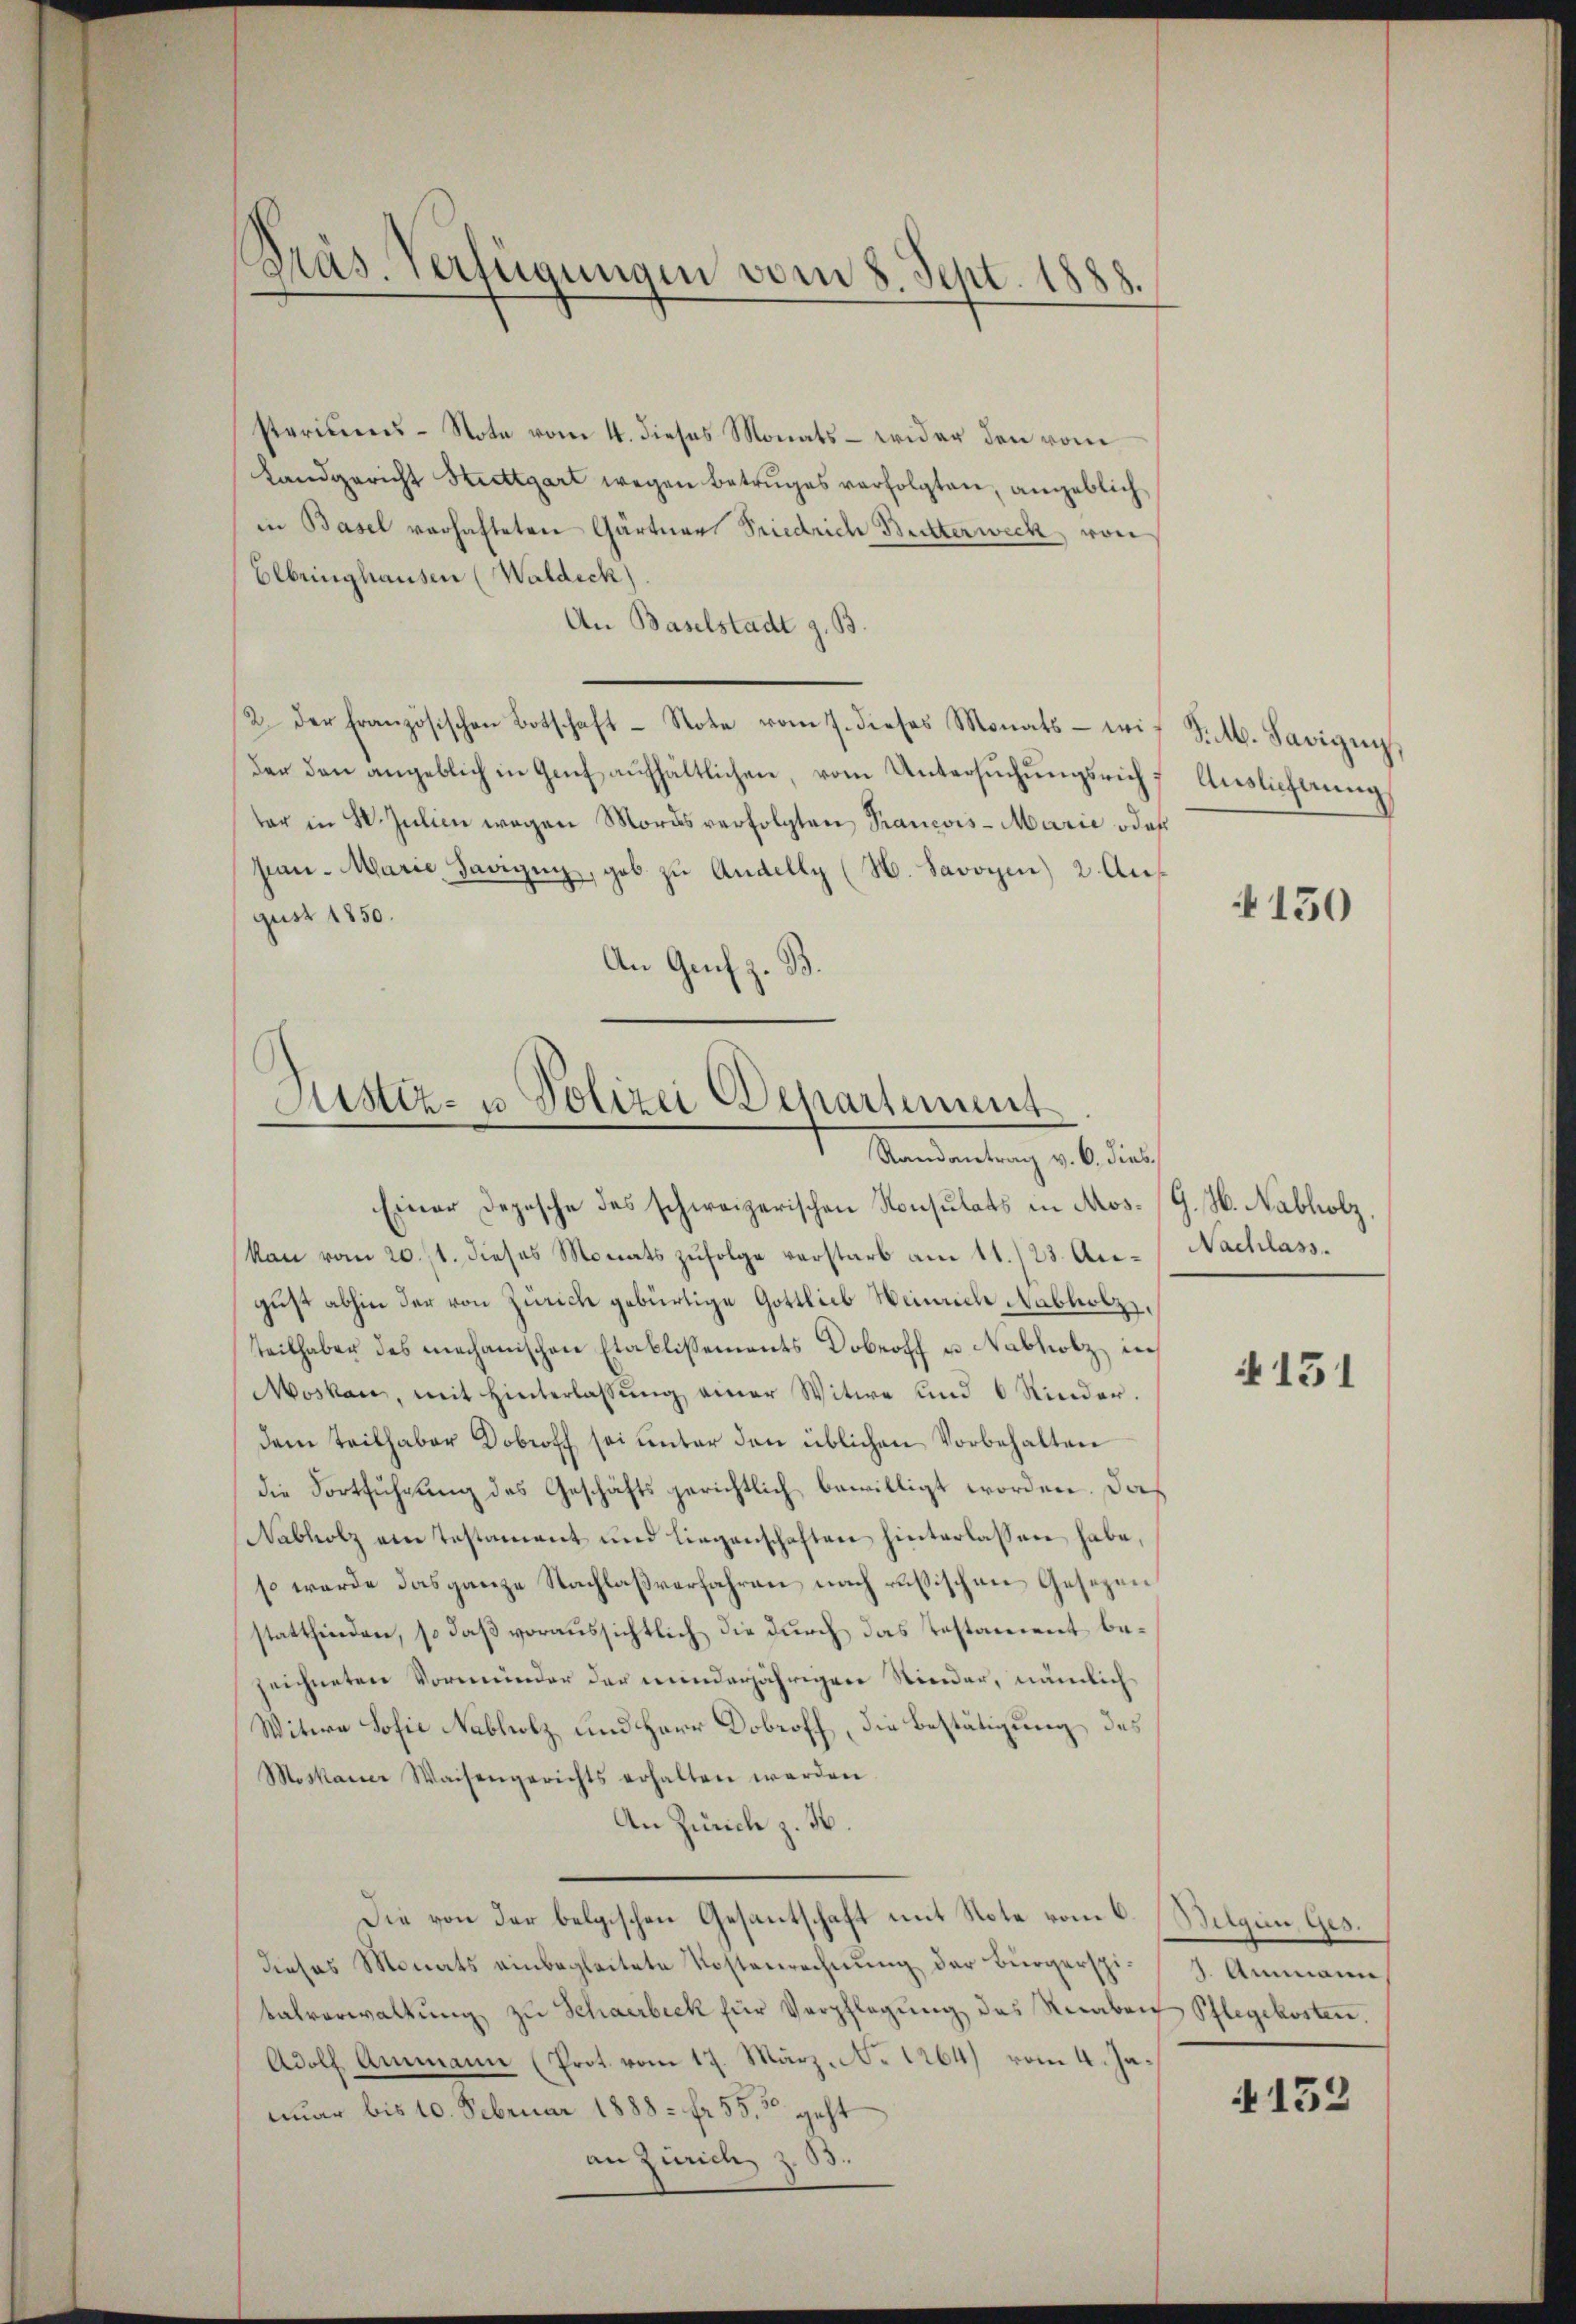
Präs. Verfügungen vom 8. Sept. 1888.

steriums-Note vom 4. dieses Monats - wider den vom
Landgericht Hedttgart wegen Betruges verfolgten, angeblich
in Basel verhafteten Gärtner Friedrich Butterweck, von
Elbringhausen (Waldeck).
An Baselstadt z. B.
2. der Französischen Botschaft- Note vom 7. dieses Monats - wir S. M. Savigny,
der den angeblich in Genf aufhältlichen, vom Untersuchungsrich Auslieferung
ter in W. Julien wegen Mords verfolgten Prancois-Marie oder
san. Marie Savigny, geb zu Andelly (H. Savoyen 2. August 1850.
An Genf z. B.

Justiz- u Polizei Departement
Randantrag v. 6. dies

Einer Depesche des schweizerischen Konsulats in Mos- (G. H. Nabholz,
kan vom 20. 11. dieses Monats zufolge verstarb am 11./23. August abhin der von Zürich gebürtige Gottlieb Heinrich Nabholz,
teilhaber des mechanischen Etablissements Dobroff u Nabholz, in
Moskau, mit Hinterlassŭng einer Witwe und 6 Rinder.
dem Teilhaber Dobroff sei unter den üblichen Vorbehalten
die Fortführung des Geschäftsgerichtlich bewilligt worden. Daß
Nabholz ein Testament und liegenschaften hinterlassen habe,
so werde das ganze Nachlaßverfahren nach russischen Gesezen
stattfinden, so daß voraussichtlich die durch das Testament bezeichneten Vormunder der minderjährigen Nieder, nämlich
Witera Sofie Nabholz und Herr Dobroff, die Bestätigung des
Moskauer Waisengerichts erhalten werden
An Zürich z. H.
Die von der belgischen Gesantschaft mit Note vom 6. (Belgien, Ges.
dieses Monats einbegleitete Kostenrechnung der Bürgerspibalverwaltŭng zu Schairbeck für Verpflegung des Knaben
Adolf Ammann (Prot. vom 17. März. No 1264) vom 4. Januar bis 10. Februar 1888. fr. 55. geht
an Zürich z. B.

150

Nachlass.

N 131

1. Ammann
Pflegekosten.

4153